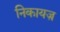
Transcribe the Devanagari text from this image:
निकायज़